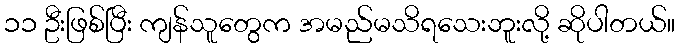
၁၁ ဦးဖြစ်ပြီး ကျန်သူတွေက အမည်မသိရသေးဘူးလို့ ဆိုပါတယ်။